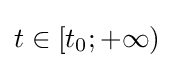
t\in \left[t_{0};+\infty \right)